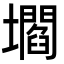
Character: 壛